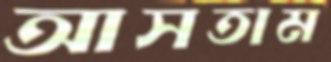
আসতাম